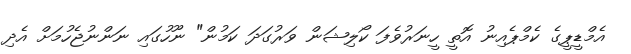
އެމްޑީޕީގެ ކެމްޕެއިނު އޮތީ ހީނަރުވެފަ ކޯލިޝަން ވަރުގަދަ ކަމުން" ނޫހުގައި ނަންނުޖެހުމަށް އެދި